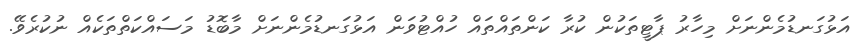
އަޅުގަނޑުމެންނަށް މިހާރު ޕާޓީތަކުން ކުރާ ކަންތައްތައް ހުއްޓުވަން އަޅުގަނޑުމެންނަށް މާބޮޑު މަސައްކަތްތަކެއް ނުކުރެވޭ.